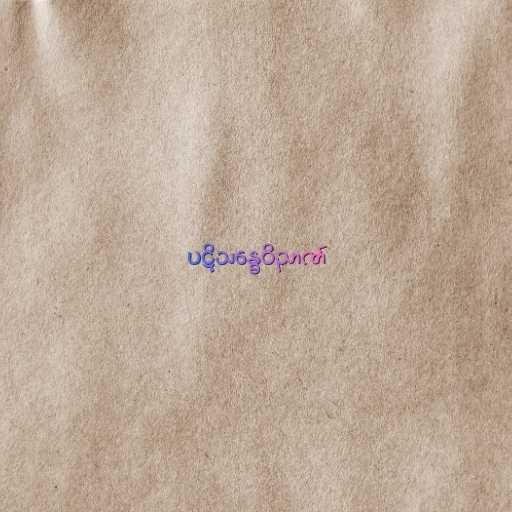
ပဋိသန္ဓေဝိညာဏ်